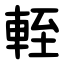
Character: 輊